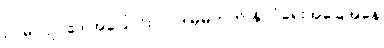
ဥပမာ ဥပဒေ အပြောင်းလဲ၊ ဒါမှမဟုတ် နိုင်ငံရေးအခြေအနေ